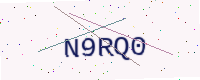
Text: N9RQ0